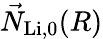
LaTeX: \vec{N}_{\mathrm{Li},0}(R)